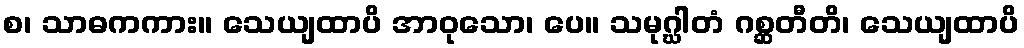
စ၊ သာဓကကား။ သေယျထာပိ အာဝုသော၊ ပေ။ သမုဂ္ဃါတံ ဂစ္ဆတီတိ၊ သေယျထာပိ